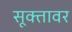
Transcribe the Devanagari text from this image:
सूक्तावर